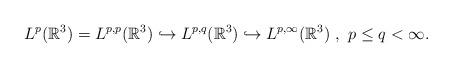
LaTeX: \begin{align*} L^{p}(\mathbb{R}^3)=L^{p, p}(\mathbb{R}^3)\hookrightarrow L^{p, q}(\mathbb{R}^3)\hookrightarrow L^{p, \infty}(\mathbb{R}^3) \ , \ p\leq q <\infty.\end{align*}